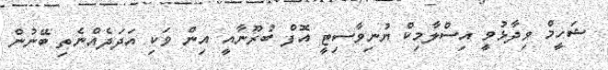
ޝަހީމް ވިދާޅުވީ އިސްލާމިކް ޔުނިވާސިޓީ އޮފް ބުރޫނާއީ އިން ވަކި އަދަދެއްނެތި ބޭނުން